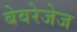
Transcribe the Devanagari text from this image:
बेवरेजेज